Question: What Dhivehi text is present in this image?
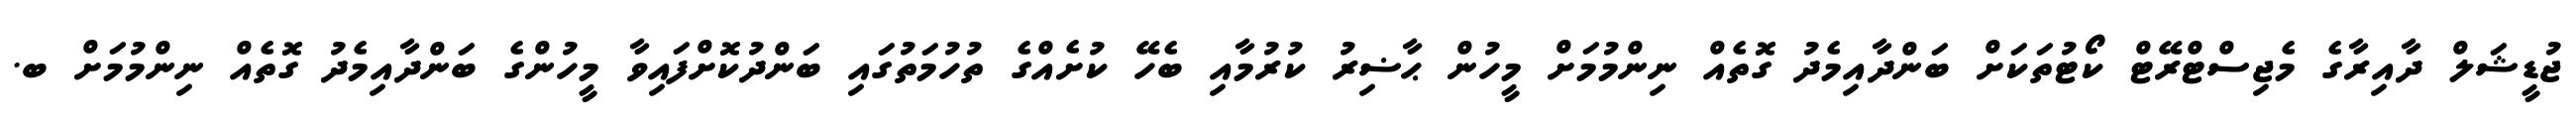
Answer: ޖުޑީޝަލް ދާއިރާގެ މެޖިސްޓްރޭޓް ކޯޓުތަކަށް ބަންދާއިމެދު ގޮތެއް ނިންމުމަށް މީހުން ޙާޟިރު ކުރުމާއި ބެހޭ ކުށެއްގެ ތުހުމަތުގައި ބަންދުކޮށްފައިވާ މީހުންގެ ބަންދާއިމެދު ގޮތެއް ނިންމުމަށް ބ.